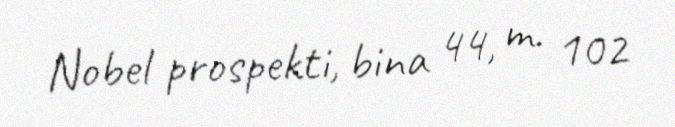
Nobel prospekti, bina 44, m. 102